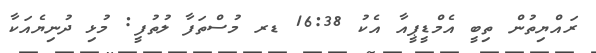
ރައްޔިތުން ތިބީ އެމްޑީޕީއާ އެކު 16:38 ޑރ މުސްތަފާ ލުތުފީ: މުޅި ދުނިޔެއަކާ